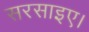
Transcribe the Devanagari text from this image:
सरसाइए।